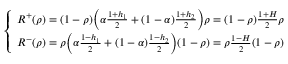
\begin{array} { r } { \left\{ \begin{array} { l l } { R ^ { + } ( \rho ) = ( 1 - \rho ) \bigg ( \alpha \frac { 1 + h _ { 1 } } { 2 } + ( 1 - \alpha ) \frac { 1 + h _ { 2 } } { 2 } \bigg ) \rho = ( 1 - \rho ) \frac { 1 + H } { 2 } \rho } \\ { R ^ { - } ( \rho ) = \rho \bigg ( \alpha \frac { 1 - h _ { 1 } } { 2 } + ( 1 - \alpha ) \frac { 1 - h _ { 2 } } { 2 } \bigg ) ( 1 - \rho ) = \rho \frac { 1 - H } { 2 } ( 1 - \rho ) } \end{array} \right. } \end{array}